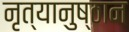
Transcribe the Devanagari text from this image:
नृत्यानुष्ठान